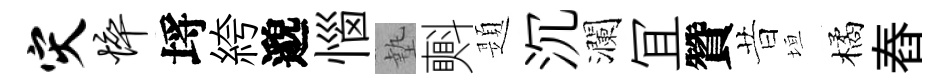
灾悴埓絝邈惱墊㪺題沉瀾冝贊昔垣橘舂